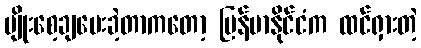
မျိုးစေ့ချပေးခဲ့တာကတော့ မြန်မာနိုင်ငံက ထင်ရှားတဲ့